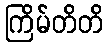
ကြိမ်တိတိ